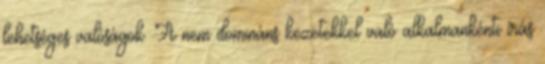
lehetséges valóságok. A nem domináns kezetekkel való alkalmankénti írás